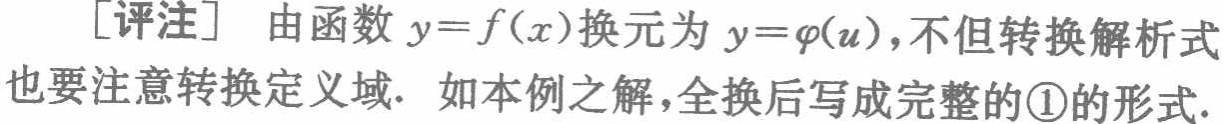
[评注] 由函数 \(y = f(x)\) 换元为 \(y = \varphi(u)\)，不但转换解析式也要注意转换定义域. 如本例之解，全换后写成完整的\textcircled{1}的形式.